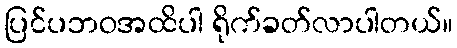
ပြင်ပဘဝအထိပါ ရိုက်ခတ်လာပါတယ်။